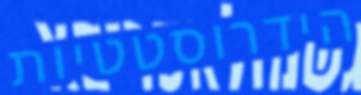
הידרוסטטיות